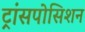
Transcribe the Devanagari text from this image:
ट्रांसपोसिशन